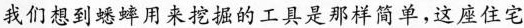
我们想到蟋蟀用来挖掘的工具是那样简单,这座住宅